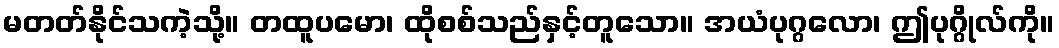
မတတ်နိုင်သကဲ့သို့။ တထူပမော၊ ထိုစစ်သည်နှင့်တူသော။ အယံပုဂ္ဂလော၊ ဤပုဂ္ဂိုလ်ကို။